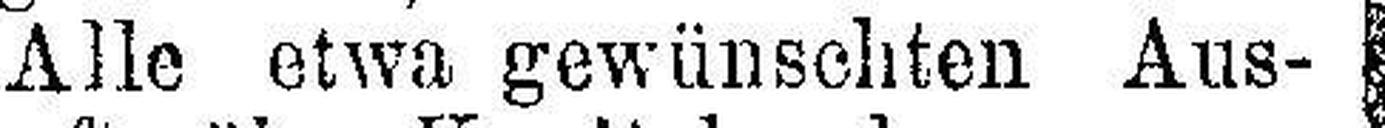
Alle etwa gewünschten Aus¬